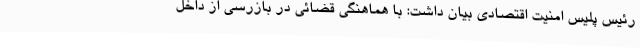
رئیس پلیس امنیت اقتصادی بیان داشت: با هماهنگی قضائی در بازرسی از داخل